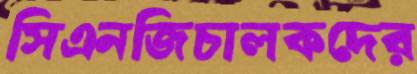
সিএনজিচালকদের